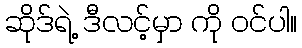
ဆိုဒ်ရဲ့ ဒီလင့်မှာ ကို ဝင်ပါ။